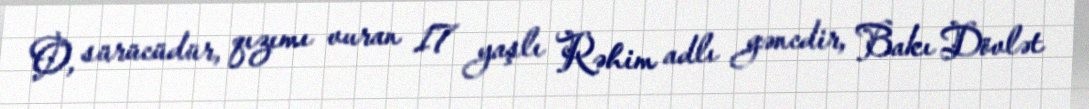
O, sürücüdür, qızımı vuran 17 yaşlı Rəhim adlı gəncdir, Bakı Dövlət